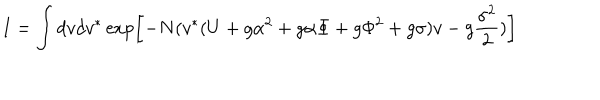
I = \int d v d v ^ { \ast } \exp \left[ - N ( v ^ { \ast } ( U + g \alpha ^ { 2 } + g \alpha \Phi + g \Phi ^ { 2 } + g \sigma ) v - g { \frac { \sigma ^ { 2 } } { 2 } } ) \right]